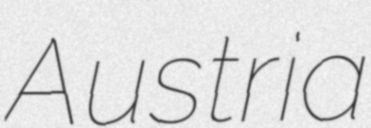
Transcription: Austria